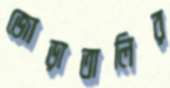
জোড়াতালির